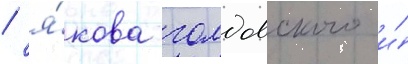
/ я́кова голдовского и́